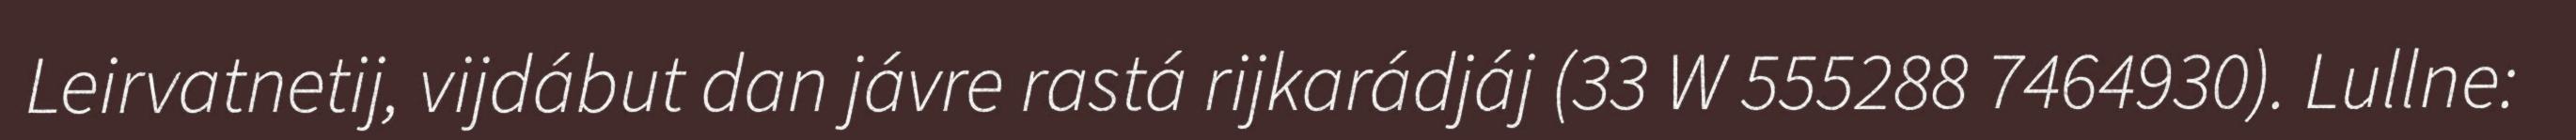
Leirvatnetij, vijdábut dan jávre rastá rijkarádjáj (33 W 555288 7464930). Lullne: